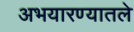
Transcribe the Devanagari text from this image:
अभयारण्यातले